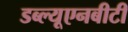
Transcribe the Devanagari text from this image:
डब्ल्यूएनबीटी